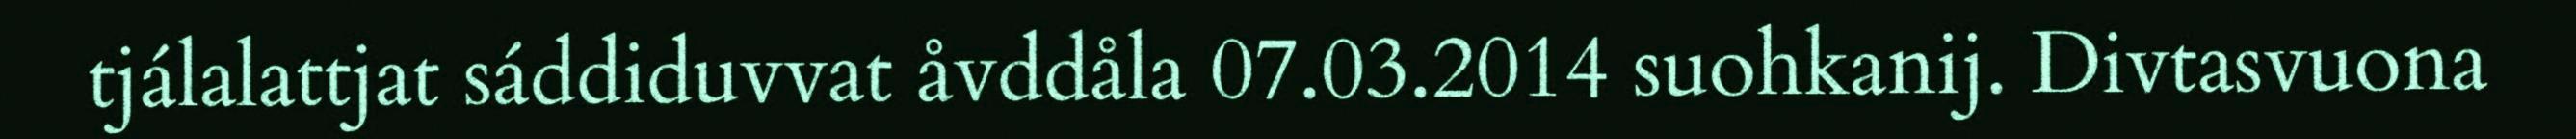
tjálalattjat sáddiduvvat åvddåla 07.03.2014 suohkanij. Divtasvuona